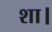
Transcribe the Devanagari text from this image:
शा।